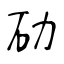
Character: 劯